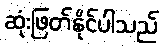
ဆုံးဖြတ်နိုင်ပါသည်